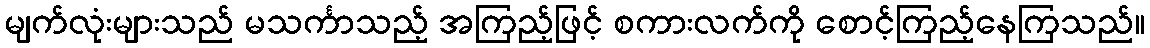
မျက်လုံးများသည် မသင်္ကာသည့် အကြည့်ဖြင့် စကားလက်ကို စောင့်ကြည့်နေကြသည်။